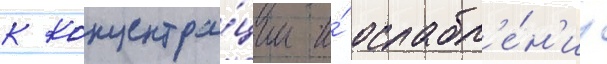
к концентра́ции и́ ослабл'е́н'иу